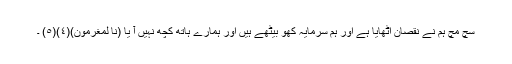
سچ مچ ہم نے نقصان اُٹھایا ہے اور ہم سرمایہ کھو بیٹھے ہیں اور ہمارے ہاتھ کچھ نہیں آ یا (ِنَّا لَمُغْرَمُونَ)(٤)(٥) ۔